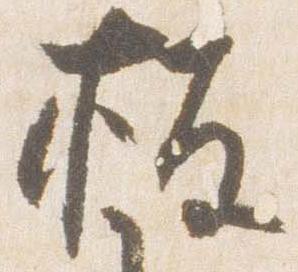
板